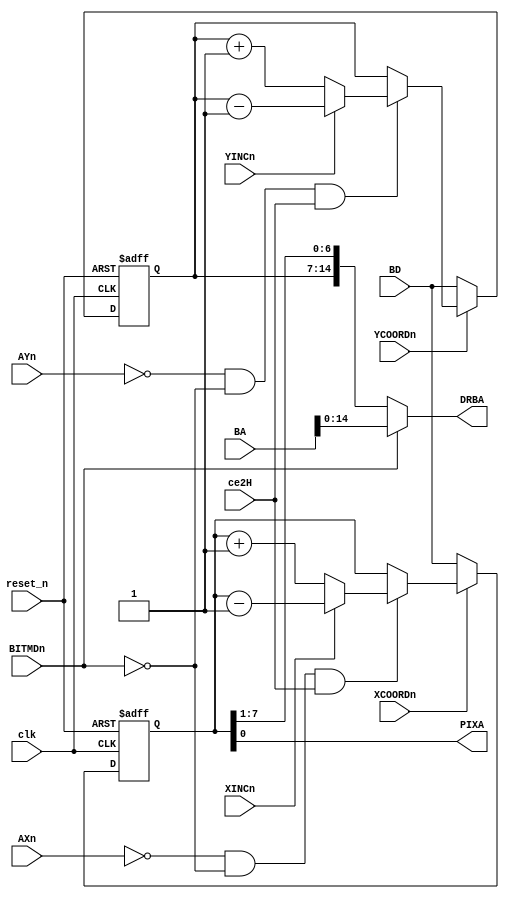
module AutoIncrement
(
   input clk, reset_n, ce2H,

   input [15:0] BA,
   input [7:0] BD,
   input BITMDn,
   
   input XCOORDn, XINCn, AXn, 
   input YCOORDn, YINCn, AYn, 
   
   output [14:0] DRBA,
   output PIXA
);

assign DRBA = ~BITMDn ? {yCoord,xCoord[7:1]} : BA[14:0];
reg [7:0] xCoord, yCoord;
assign PIXA = xCoord[0];


always @(posedge clk or negedge reset_n) 
begin
   if(~reset_n)
        xCoord <= #1 8'b0000000;
   else if(~XCOORDn)
        xCoord <= #1 BD;
   else if(~AXn & ~BITMDn & ce2H)
      begin
         if (XINCn)
            xCoord <= #1 xCoord - 8'b00000001;
         else
            xCoord <= #1 xCoord + 8'b00000001;
      end
end

always @(posedge clk or negedge reset_n) 
begin
   if(~reset_n)
        yCoord <= #1 8'b0000000;
   else if(~YCOORDn)
        yCoord <= #1 BD;
   else if(~AYn & ~BITMDn & ce2H)
      begin
         if (YINCn)
            yCoord <= #1 yCoord - 8'b00000001;
         else
            yCoord <= #1 yCoord + 8'b00000001;
      end
end

endmodule